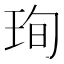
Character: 珣